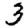
Digit: 3